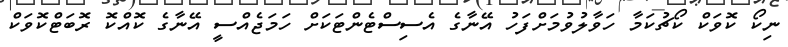
ނިކޯ ކޮވަކް ކޯޗުކަމާ ހަވާލުވުމަށްފަހު އޭނާގެ އެސިސްޓެންޓަކަށް ހަމަޖެއްސީ އޭނާގެ ކޮއްކޮ ރޮބަޓްކޮވަކް